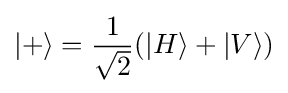
|+\rangle ={\frac {1}{\sqrt {2}}}(|H\rangle +|V\rangle )